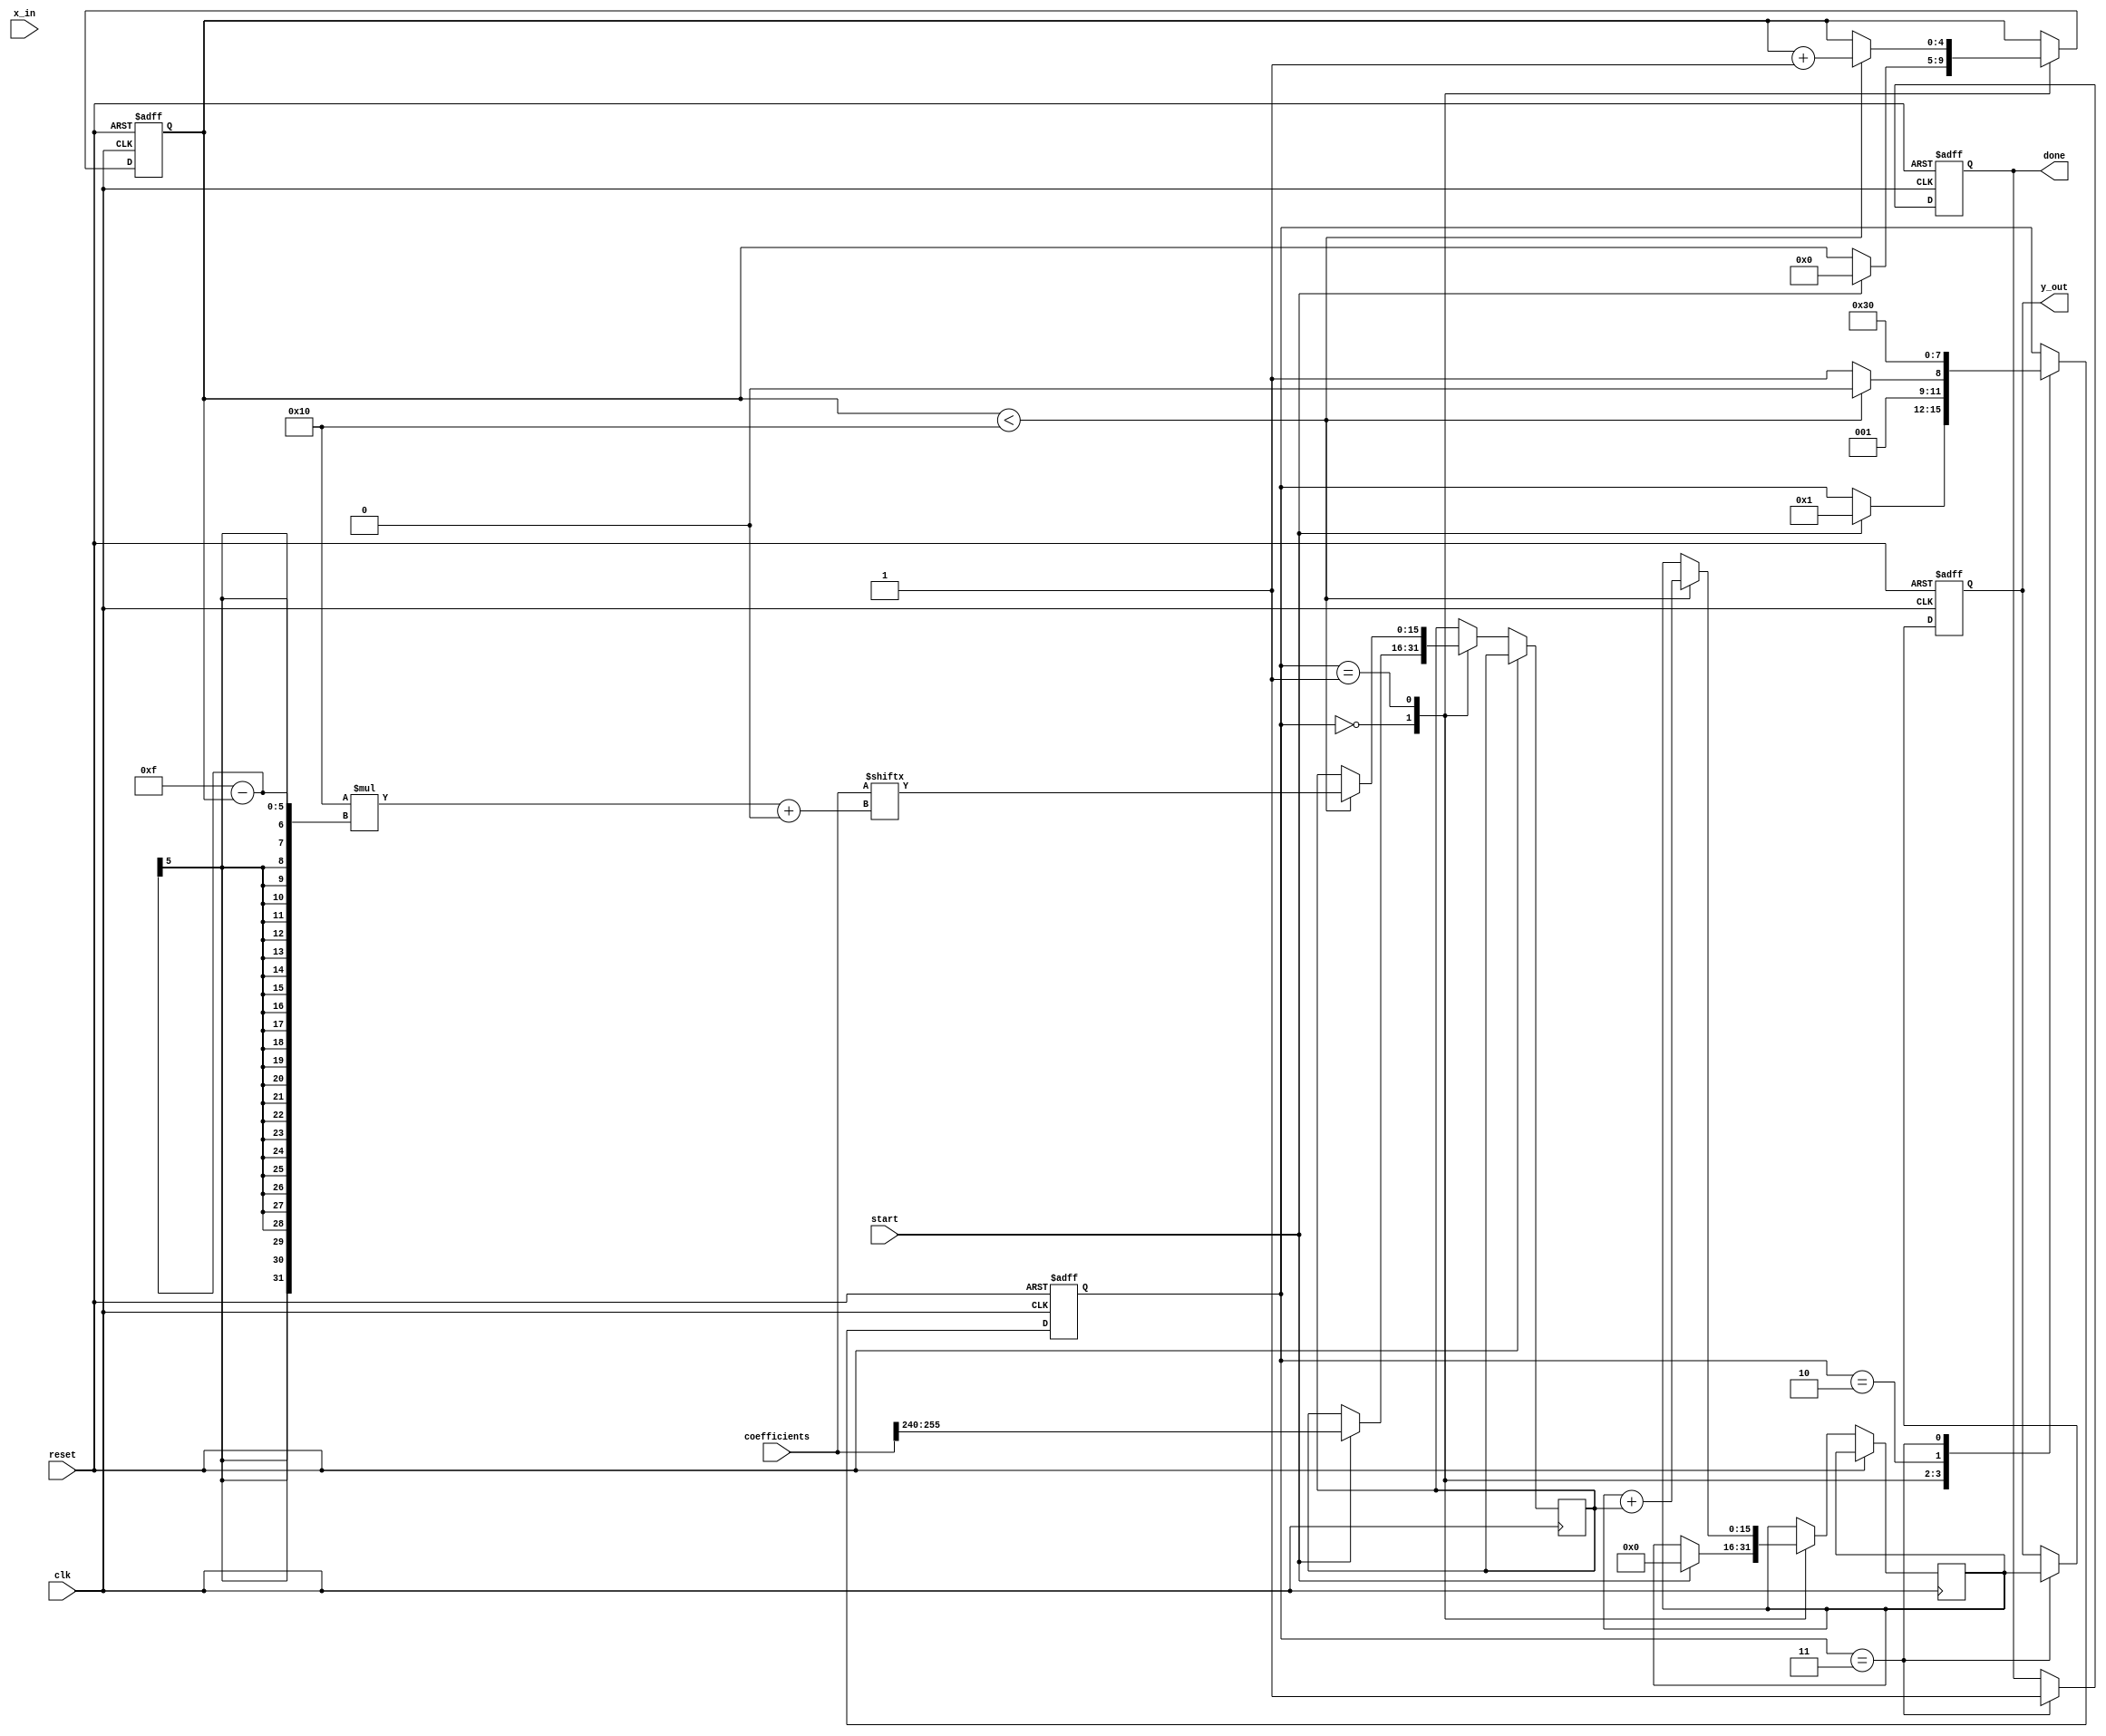
module cordic_poly_eval #(
    parameter WIDTH = 16,    // Width of fixed-point numbers
    parameter COEFF_WIDTH = 16, // Width of coefficients
    parameter ITERATIONS = 16 // Number of CORDIC iterations
) (
    input wire clk,                          // Clock signal
    input wire reset,                        // Reset signal
    input wire start,                        // Start control signal
    input wire [WIDTH-1:0] x_in,            // Input data
    input wire [COEFF_WIDTH*ITERATIONS-1:0] coefficients, // Coefficients for polynomial
    output reg [WIDTH-1:0] y_out,           // Output data
    output reg done                          // Done signal for operation completion
);

    // Internal registers
    reg [WIDTH-1:0] x_reg, y_reg;           // Registers for intermediate values
    reg [COEFF_WIDTH-1:0] coeff_reg;        // Current coefficient register
    reg [3:0] state;                        // FSM state
    reg [4:0] iter;                        // Iteration counter

    // State encoding
    localparam IDLE = 0;
    localparam INIT = 1;
    localparam CALC = 2;
    localparam DONE = 3;

    // FSM for control
    always @(posedge clk or posedge reset) begin
        if (reset) begin
            state <= IDLE;
            y_out <= 0;
            done <= 0;
            iter <= 0;
        end else begin
            case (state)
                IDLE: begin
                    if (start) begin
                        x_reg <= x_in;
                        y_reg <= 0; // Start y with 0 for polynomial evaluation
                        coeff_reg <= coefficients[COEFF_WIDTH*(ITERATIONS-1) +: COEFF_WIDTH]; // Load first coefficient
                        iter <= 0;
                        state <= INIT; // Move to initialization
                    end
                end
                INIT: begin
                    if (iter < ITERATIONS) begin
                        // Perform CORDIC iteration for polynomial evaluation
                        // Here we simply assume a rotation step can be applied
                        // This is where the actual CORDIC algorithm would be implemented
                        y_reg <= y_reg + coeff_reg; // Update polynomial accumulation
                        iter <= iter + 1;

                        // Load next coefficient for the next iteration
                        coeff_reg <= coefficients[COEFF_WIDTH*(ITERATIONS - 1 - iter) +: COEFF_WIDTH];
                        
                        state <= CALC; // Move to calculation
                    end else begin
                        state <= DONE; // If iterations are done, move to done state
                    end
                end
                CALC: begin
                    // Final computations or adjustments can be done here if needed
                    state <= DONE;
                end
                DONE: begin
                    y_out <= y_reg; // Output the result
                    done <= 1; // Indicate operation is complete
                    state <= IDLE; // Go back to idle
                end
            endcase
        end
    end

endmodule